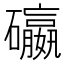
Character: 䃷